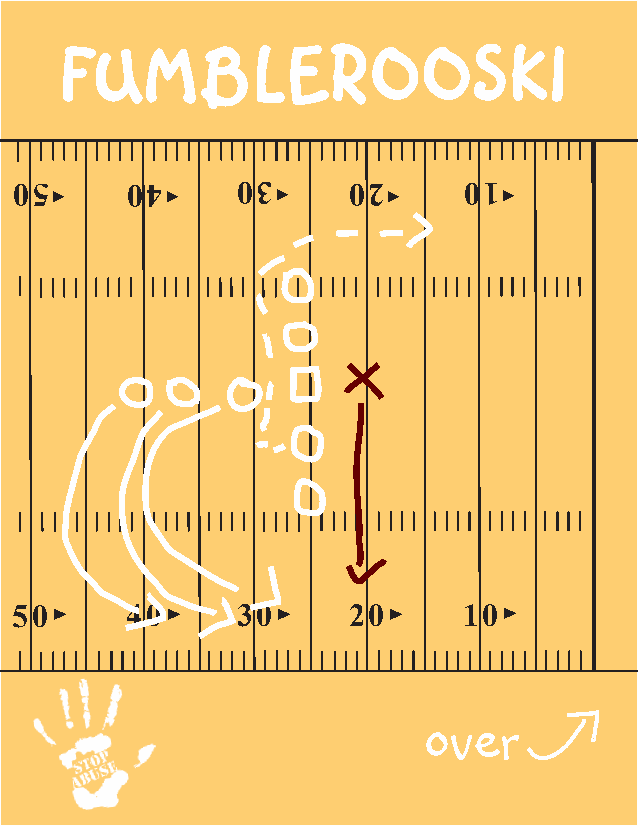
Fumblerooski
 05     04      03     02      01
 ◄       ◄      ◄       ◄      ◄
 50►    40►     30►    20►     10►
 over